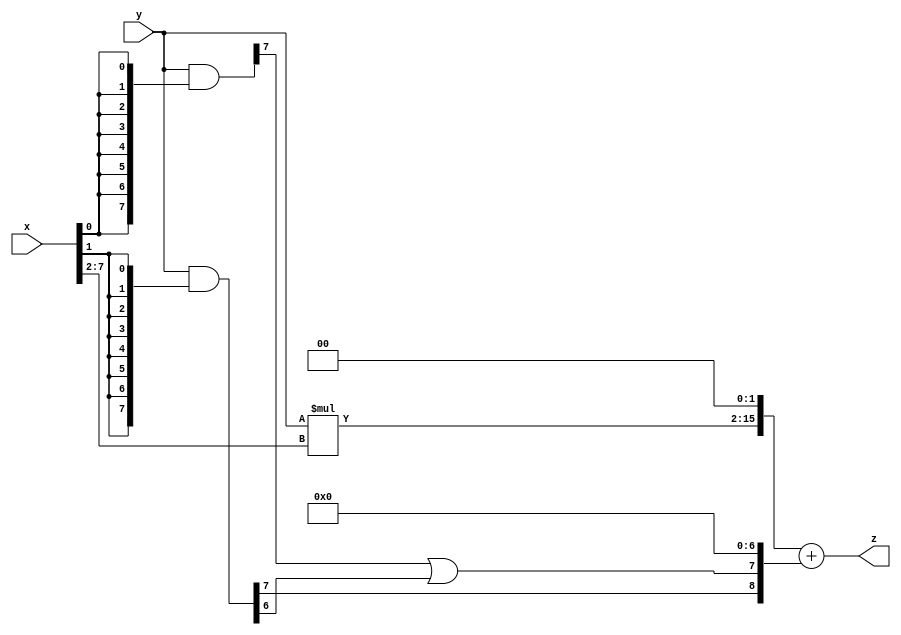
// terms: 2
// fval:  23267.25

module unsigned_8x8_l2_lamb6000_3 (
	input [7:0] x,
	input [7:0] y,
	output [15:0] z
);

wire [13:0] tmp_z = y*x[7:2];

wire [7:0] part1 =  y & {8{x[0]}};
wire [7:0] part2 =  y & {8{x[1]}};

wire [8:0] new_part1;
assign new_part1[0] = 0;
assign new_part1[1] = 0;
assign new_part1[2] = 0;
assign new_part1[3] = 0;
assign new_part1[4] = 0;
assign new_part1[5] = 0;
assign new_part1[6] = 0;
assign new_part1[7] = part1[7] | part2[6];
assign new_part1[8] = part2[7];

assign z = {tmp_z, 2'd 0} + new_part1;
endmodule